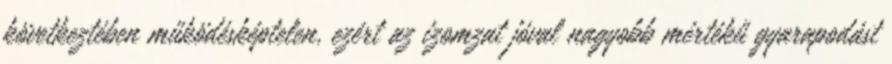
következtében működésképtelen, ezért az izomzat jóval nagyobb mértékű gyarapodást